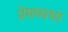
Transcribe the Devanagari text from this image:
प्रेमव्यथा